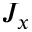
J _ { x }